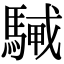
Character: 𩤭